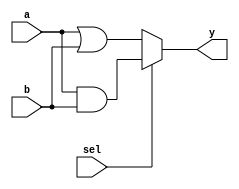
module combinational_logic (
    input wire a,        // Input signal a
    input wire b,        // Input signal b
    input wire sel,      // Input signal sel for multiplexing
    output reg y         // Output signal y
);

    // Combinational logic implementation
    always @(*) begin
        // Logic to determine output based on input signals
        if (sel) begin
            y = a & b;    // If sel is high, perform AND operation
        end else begin
            y = a | b;    // If sel is low, perform OR operation
        end
    end

endmodule